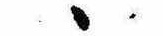
ゝ